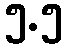
၅.၅